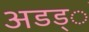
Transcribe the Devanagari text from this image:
अडड्े